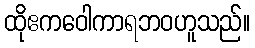
ထိုဧကဝေါကာရဘဝဟူသည်။